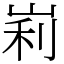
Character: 峲